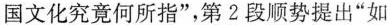
国文化究竟何所指”,第2段顺势提出“如